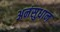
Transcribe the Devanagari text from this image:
अनंसुधान